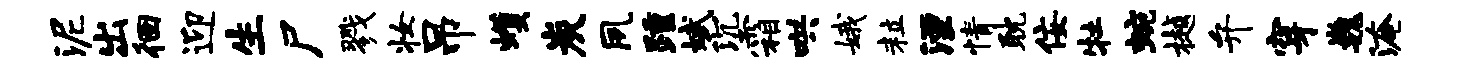
泥出徊迎生尸戮妆吊蠖炭夙踵斌沉霜哄娥粒湮情耽佞牡蜿樾弁穿巍淹